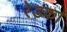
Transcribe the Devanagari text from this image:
रेडका